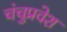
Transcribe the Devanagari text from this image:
चंचुप्रवेश